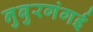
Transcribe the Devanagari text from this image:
नुबुरगंगई